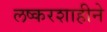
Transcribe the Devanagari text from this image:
लष्करशाहीने